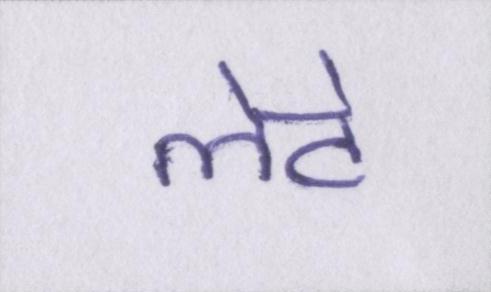
लेटे